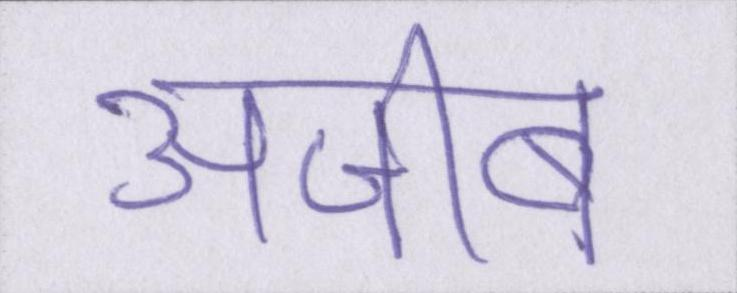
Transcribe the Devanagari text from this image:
अजीब